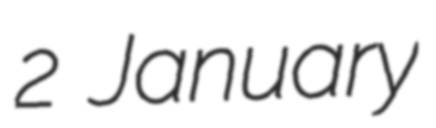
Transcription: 2 January